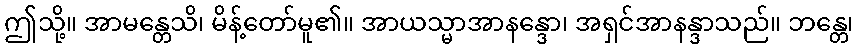
ဤသို့။ အာမန္တေသိ၊ မိန့်တော်မူ၏။ အာယသ္မာအာနန္ဒော၊ အရှင်အာနန္ဒာသည်။ ဘန္တေ၊